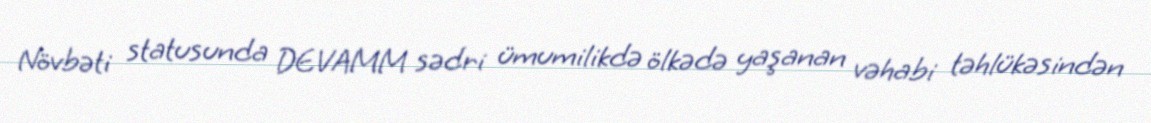
Növbəti statusunda DEVAMM sədri ümumilikdə ölkədə yaşanan vəhabi təhlükəsindən